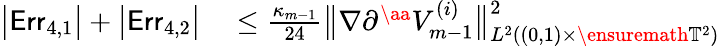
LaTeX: \begin{array}{rl}{\bigl|\mathsf{Err}_{4,1}\bigr|+\bigl|\mathsf{Err}_{4,2}\bigr|}&{{}\leq\frac{\kappa_{m-1}}{24}\bigl\| \nabla\partial^{\aa}V_{m-1}^{(i)}\bigr\| _{L^{2}((0,1)\times\ensuremath{\mathbb{T}}^{2})}^{2}}\end{array}